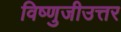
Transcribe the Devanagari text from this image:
विष्णुजीउत्तर